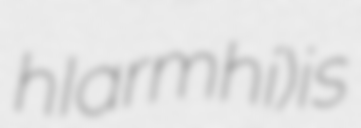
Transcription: hIarmhí) is